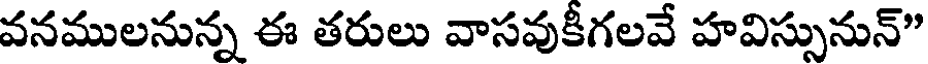
వనములనున్న ఈ తరులు వాసవుకీగలవే హవిస్సునున్"